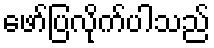
ဖော်ပြလိုက်ပါသည်